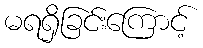
မရရှိခြင်းကြောင့်